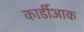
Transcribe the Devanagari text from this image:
कार्डीआक